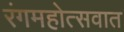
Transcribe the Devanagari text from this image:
रंगमहोत्सवात